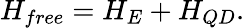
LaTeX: H_{free}=H_{E}+H_{QD}.